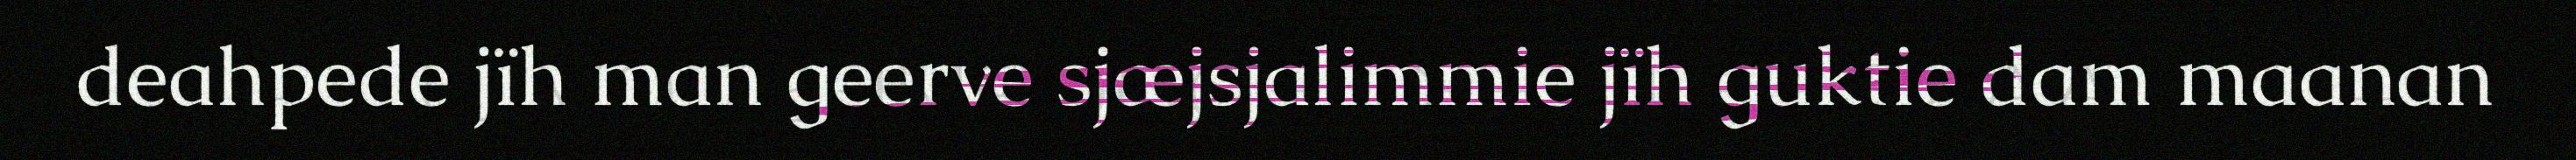
deahpede jïh man geerve sjæjsjalimmie jïh guktie dam maanan